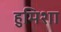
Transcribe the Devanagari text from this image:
हुमिशा